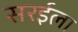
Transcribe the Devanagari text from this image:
सरईला